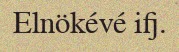
Elnökévé ifj.